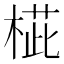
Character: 𣖨